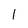
Character: 1